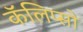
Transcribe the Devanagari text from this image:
कॅलिप्सो